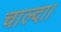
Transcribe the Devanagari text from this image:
चाल्दा।